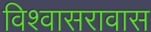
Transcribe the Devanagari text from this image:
विश्वासरावास